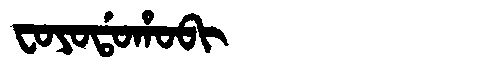
Manchu: ᠸᠣᠶᠣᡩᠣᡥᠣᠪᡳ
Romanization: FOYODOHOBI